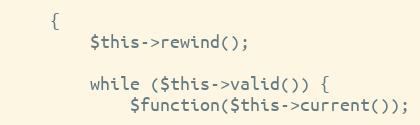
Language: PHP
    {
        $this->rewind();

        while ($this->valid()) {
            $function($this->current());